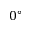
0 ^ { \circ }